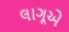
લાગૂએ